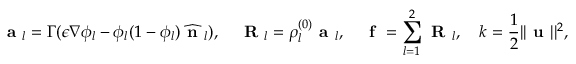
\textbf { a } _ { l } = \Gamma ( \epsilon \nabla \phi _ { l } - \phi _ { l } ( 1 - \phi _ { l } ) \widehat { \textbf { n } } _ { l } ) , \quad \textbf { R } _ { l } = \rho _ { l } ^ { ( 0 ) } \textbf { a } _ { l } , \quad \textbf { f } = \sum _ { l = 1 } ^ { 2 } \textbf { R } _ { l } , \quad k = \frac { 1 } { 2 } | | \textbf { u } | | ^ { 2 } ,